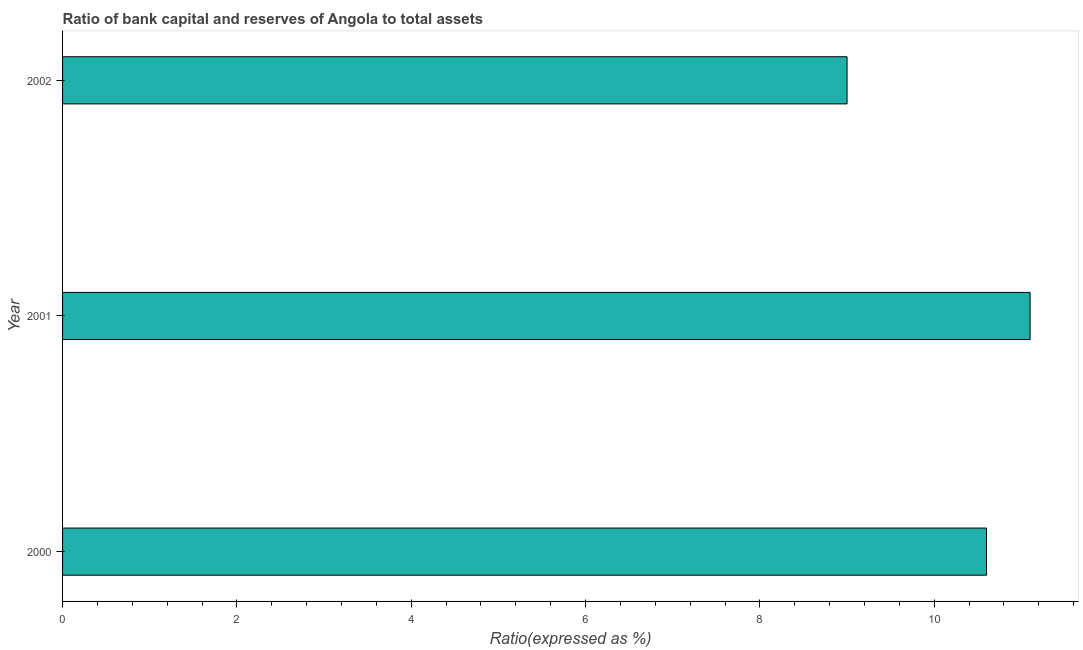
| Year | Bank capital to assets ratio |
 | --- | --- |
 | 2000 | 10.6 |
 | 2001 | 11.1 |
 | 2002 | 9 |